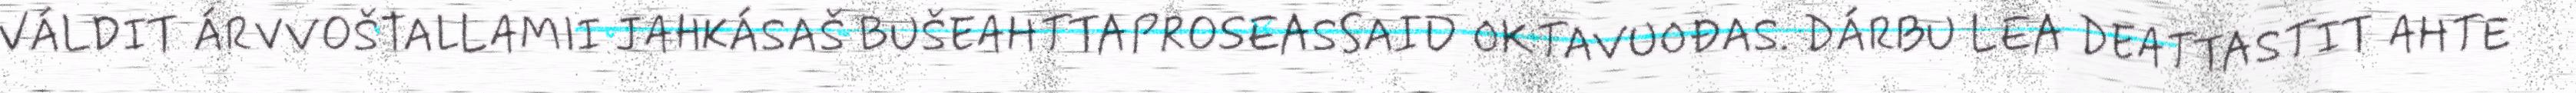
VÁLDIT ÁRVVOŠTALLAMII JAHKÁSAŠ BUŠEAHTTAPROSEASSAID OKTAVUOĐAS. DÁRBU LEA DEATTASTIT AHTE